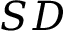
S D